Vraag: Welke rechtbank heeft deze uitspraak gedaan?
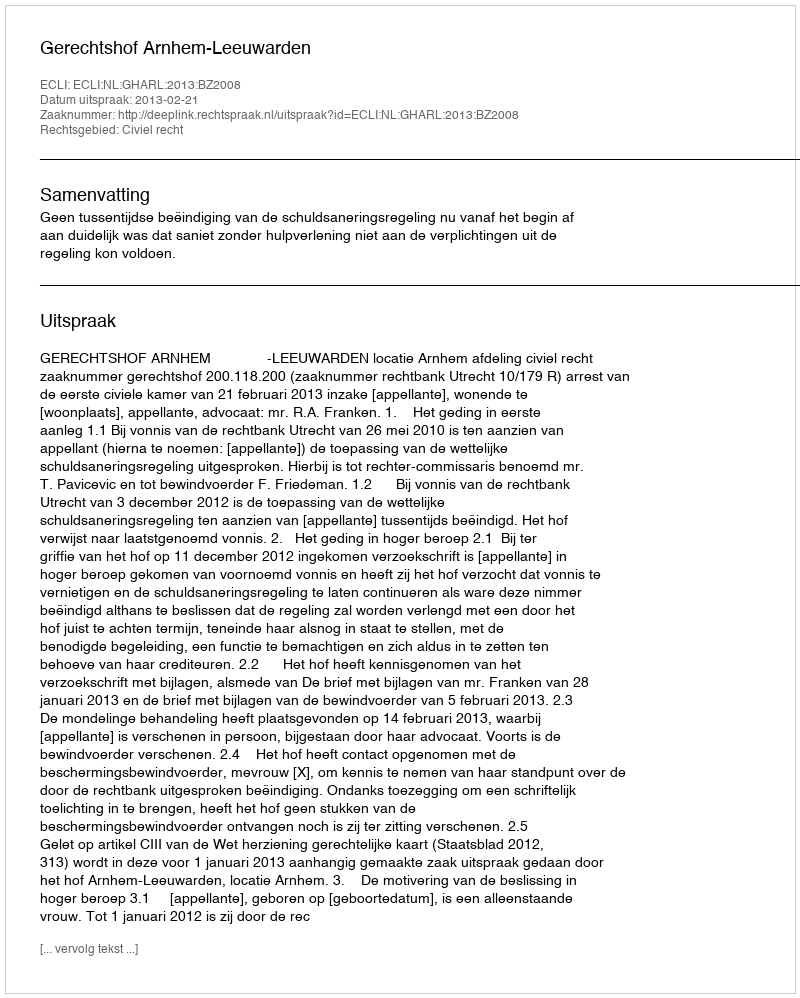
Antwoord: Gerechtshof Arnhem-Leeuwarden